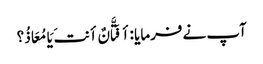
آپ نے فرمایا :أ فَتَّانٌ أنتَ یَا مُعَاذُ؟